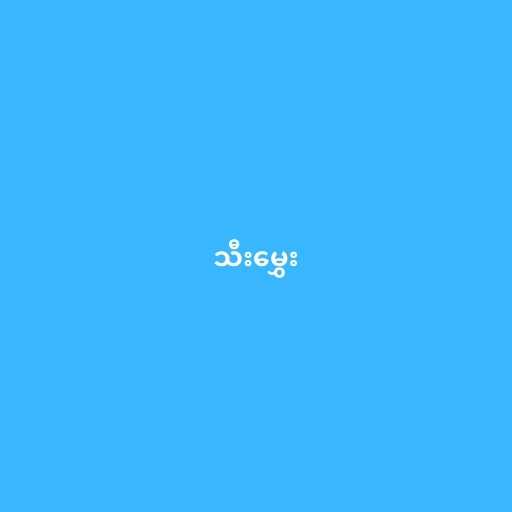
သီးမွှေး